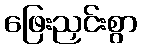
ဖြေးညှင်းစွာ